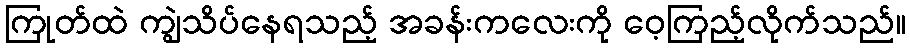
ကြုတ်ထဲ ကျွဲသိပ်နေရသည့် အခန်းကလေးကို ဝေ့ကြည့်လိုက်သည်။